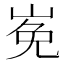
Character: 𡸊